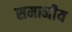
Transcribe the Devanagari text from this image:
समानीय